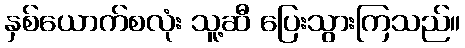
နှစ်ယောက်စလုံး သူ့ဆီ ပြေးသွားကြသည်။